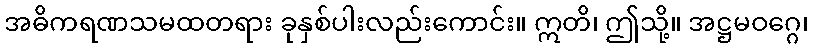
အဓိကရဏသမထတရား ခုနှစ်ပါးလည်းကောင်း။ ဣတိ၊ ဤသို့။ အဋ္ဌမဝဂ္ဂေ၊